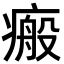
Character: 瘢